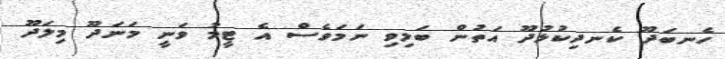
ހެނބަދޫ ކެނދިކުޅުދޫ އަތުން ބަލިވި ނަމަވެސް އެ ޓީމު ވަނީ މަނަދޫ މިލަދޫ